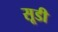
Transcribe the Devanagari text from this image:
सूडी